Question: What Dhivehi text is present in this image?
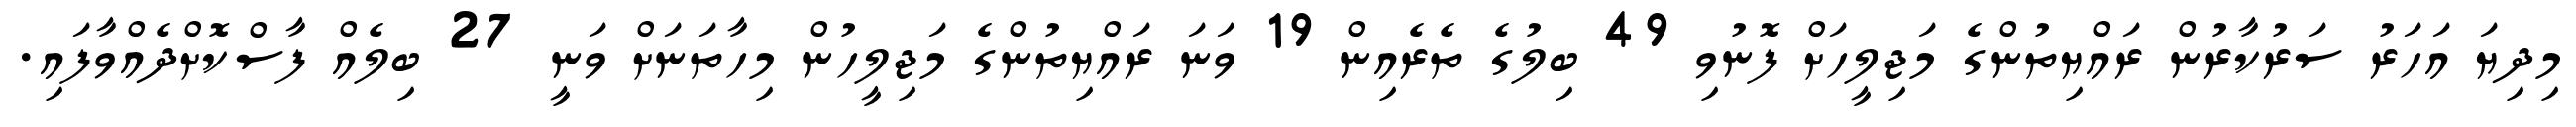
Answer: މިދިޔަ އަހަރު ސަރުކާރުން ރައްޔިތުންގެ މަޖިލީހަށް ފޮނުވި 49 ބިލުގެ ތެރެއިން 19 ވަނަ ރައްޔިތުންގެ މަޖިލީހުން މިހާތަނަށް ވަނީ 27 ބިލެއް ފާސްކޮށްދެއްވާފައި.